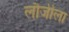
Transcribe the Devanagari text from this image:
लौजीला